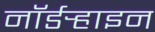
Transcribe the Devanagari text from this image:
नॉर्डर्‍हाइन